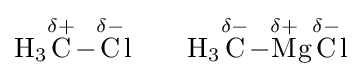
{\ce {H3{\overset {\delta +}{C}}-{\overset {\delta -}{C}}l\qquad H3{\overset {\delta -}{C}}-{\overset {\delta +}{M}}g{\overset {\delta -}{C}}l}}